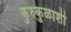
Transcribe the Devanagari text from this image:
कुरुकुळाशी